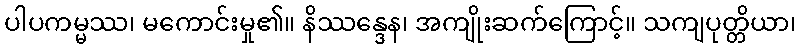
ပါပကမ္မဿ၊ မကောင်းမှု၏။ နိဿန္ဒေန၊ အကျိုးဆက်ကြောင့်။ သကျပုတ္တိယာ၊